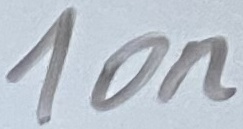
Text: 10n